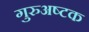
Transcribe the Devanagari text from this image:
गुरुअष्टक